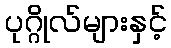
ပုဂ္ဂိုလ်များနှင့်